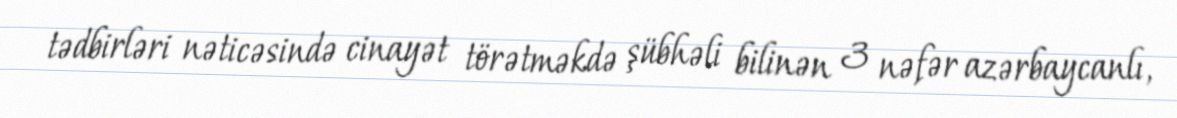
tədbirləri nəticəsində cinayət törətməkdə şübhəli bilinən 3 nəfər azərbaycanlı,